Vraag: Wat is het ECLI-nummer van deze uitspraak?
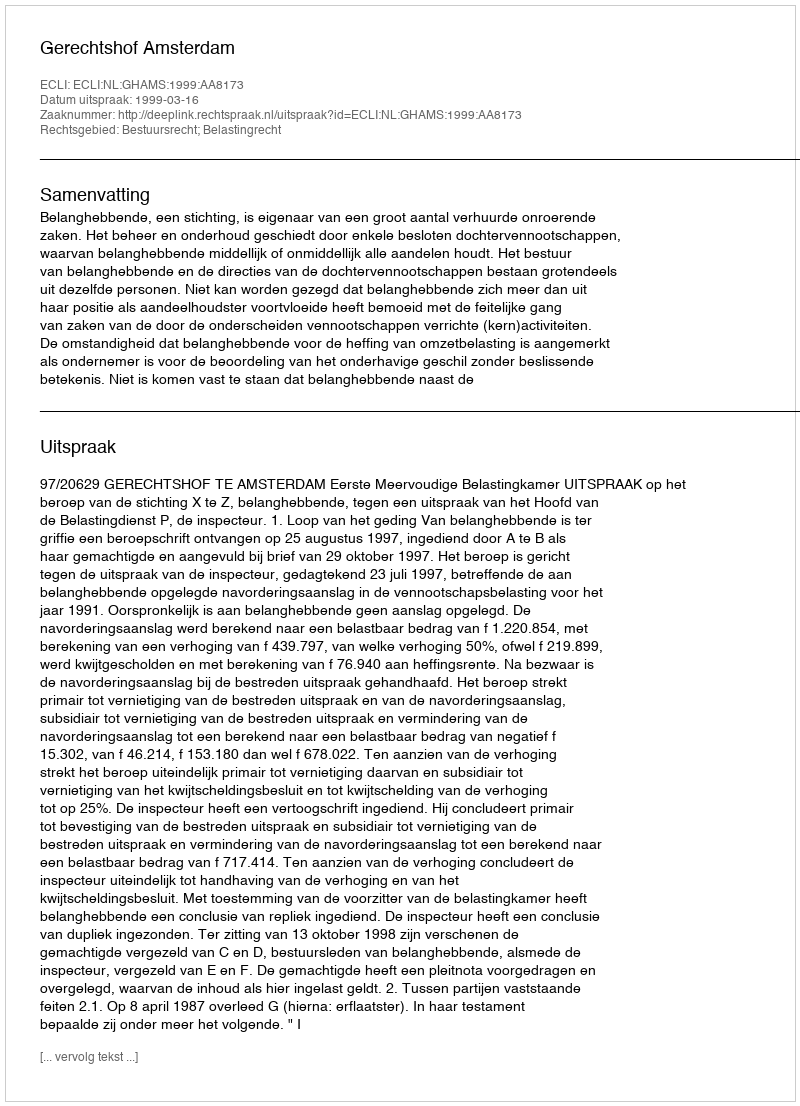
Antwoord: ECLI:NL:GHAMS:1999:AA8173